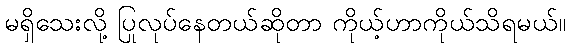
မရှိသေးလို့ ပြုလုပ်နေတယ်ဆိုတာ ကိုယ့်ဟာကိုယ်သိရမယ်။